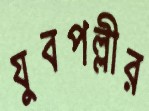
যুবপল্লীর